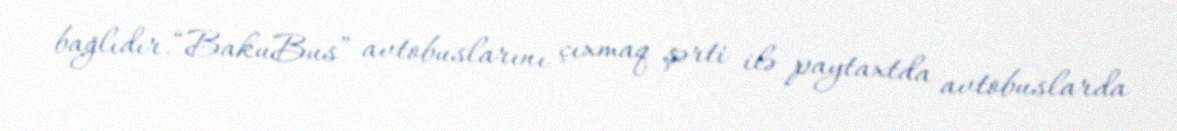
bağlıdır.“BakuBus” avtobuslarını çıxmaq şərti ilə paytaxtda avtobuslarda